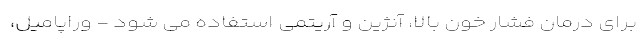
برای درمان فشار خون بالا، آنژین و آریتمی استفاده می شود - وراپامیل،